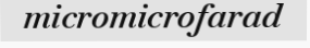
micromicrofarad